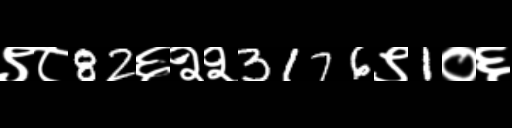
Text: ९८82६२२3176९1०६